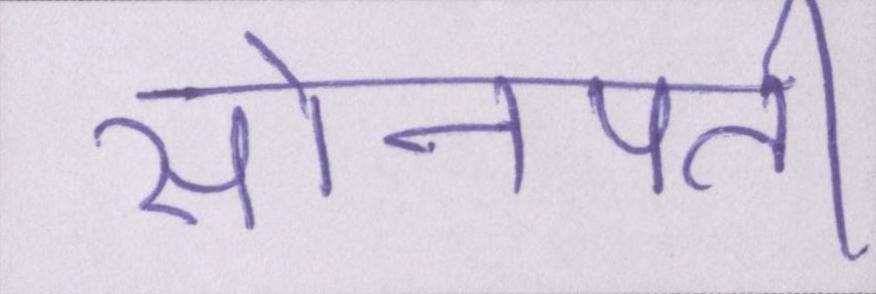
सोनपती